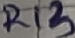
Text: R13